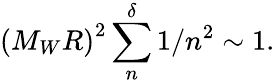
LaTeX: \left(M_{W}R\right)^{2}\sum_{n}^{\delta}1/n^{2}\sim 1.